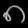
Digit: ၈